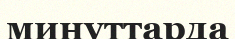
минуттарда